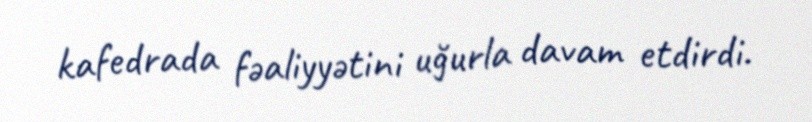
kafedrada fəaliyyətini uğurla davam etdirdi.